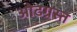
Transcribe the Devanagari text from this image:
ओढग्रस्त